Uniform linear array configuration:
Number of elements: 32
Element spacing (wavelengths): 0.25
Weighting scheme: uniform
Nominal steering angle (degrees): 60
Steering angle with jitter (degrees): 58.564
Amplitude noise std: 0.05
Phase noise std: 0.05

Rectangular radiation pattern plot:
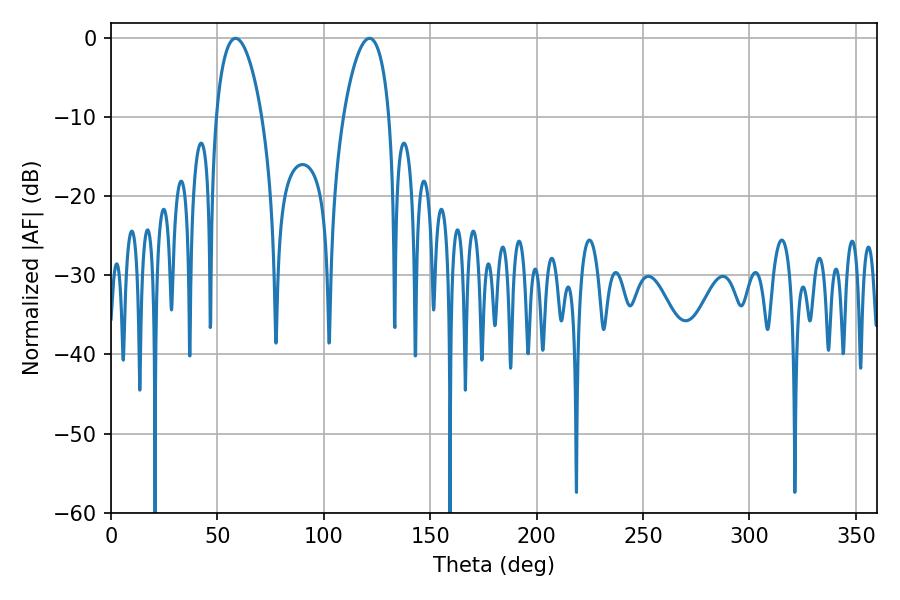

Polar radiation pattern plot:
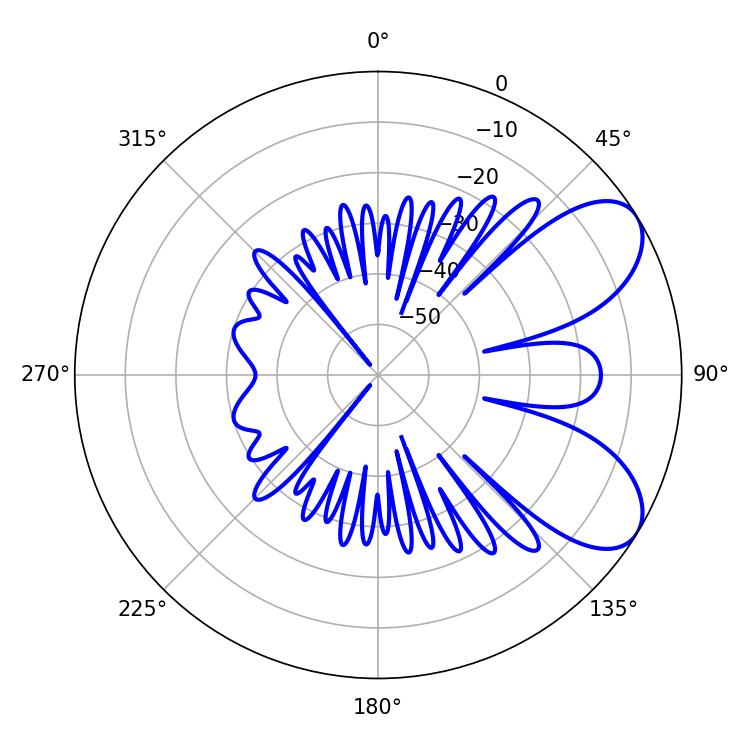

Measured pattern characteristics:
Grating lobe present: FALSE
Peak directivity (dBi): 7.048
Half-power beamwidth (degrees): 12.24
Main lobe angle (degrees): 121.5